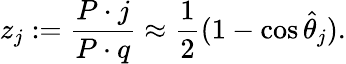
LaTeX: z_{j}:=\frac{P\cdot j}{P\cdot q}\approx\frac{1}{2}(1-\cos\hat{\theta}_{j}).